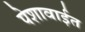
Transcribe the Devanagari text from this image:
पेशावाईत